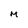
Character: M